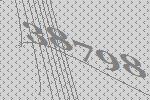
38798